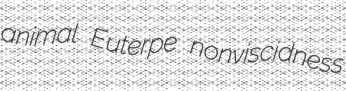
animal Euterpe nonviscidness